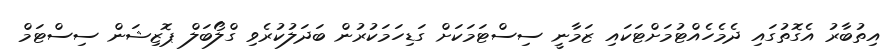
އިތުބާރު އެގޮތުގައި ދެމެހެއްޓުމަށްޓަކައި ޒަމާނީ ސިސްޓަމަކަށް ގަޑިހަމަކުރުން ބަދަލުކުރެވި ގްލޯބަލް ޕޮޒިޝަން ސިސްޓަމް